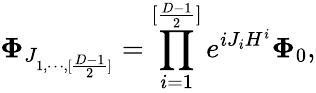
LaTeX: {\mathbf\Phi}_{J_{1,\cdots,[{\frac{D-1}{2}}]}}=\prod_{i=1}^{[{\frac{D-1}{2}}]}e^{{iJ_{i}H^{i}}}{\mathbf\Phi}_{0},